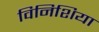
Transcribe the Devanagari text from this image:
विनिशिया